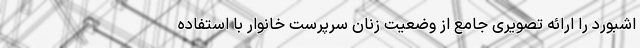
اشبورد را ارائه تصویری جامع از وضعیت زنان سرپرست خانوار با استفاده